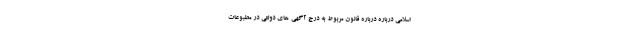
اسلامی درباره درباره قانون مربوط به درج آگهی های دولتی در مطبوعات